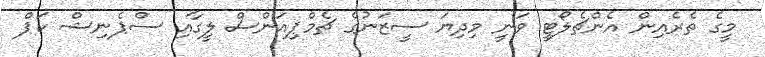
މީގެ ތެރެއިން އެންޗެލޯޓީ ވަނީ މިދިޔަ ސީޒަނުގެ ޗެމްޕިއަންސް ލީގާއި ސްޕެނިޝް ކަޕް